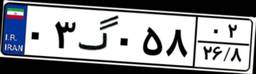
۰۳گ۰۵۸۰۲